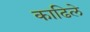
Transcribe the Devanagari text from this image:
काढिले